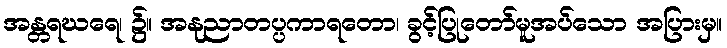
အန္တရဃရေ၊ ၌။ အနုညာတပ္ပကာရတော၊ ခွင့်ပြုတော်မူအပ်သော အပြားမှ။